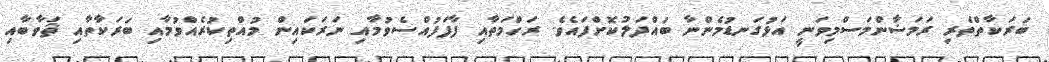
ބަރަކާތްތެރި ރަމަޟާންމަސްމިވަނީ އަޅުގަނޑުމެންނާ ބައްދަލުކޮށްފައެވެ. ރަހްމަތާއި ފާފަފުއްސެވުމާއި ނަރަކައިން މުއްތިކުރެއްވުމާއި ބަރަކާތާއި ޘަވާބާއި